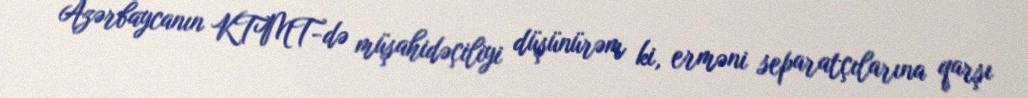
Azərbaycanın KTMT-də müşahidəçiliyi düşünürəm ki, erməni separatçılarına qarşı